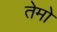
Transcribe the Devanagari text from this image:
तेमो